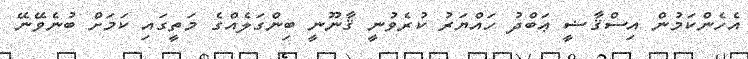
އެހެންކަމުން އިސްޤާޟީ ޢަބްދު ހައްޔަރު ކުރެވުނީ ޤާނޫނީ ބިންގަލެއްގެ މަތީގައި ކަމަށް ބުނެވޭނޭ